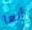
أنها